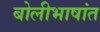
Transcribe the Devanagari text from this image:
बोलीभाषांत